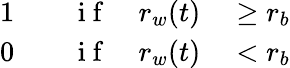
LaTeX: \begin{array}{rlrl}{1}&{{}\quad\mathrm{~i~f~}}&{r_{w}(t)}&{{}\geq r_{b}}\\ {0}&{{}\quad\mathrm{~i~f~}}&{r_{w}(t)}&{{}<r_{b}}\end{array}